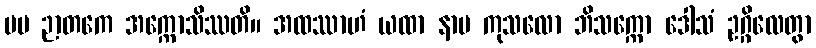
မမ ဉာတကေ အက္ကောသိဿတိ။ အထဿာဟံ ယထာ နာမ ကုသလော ဘိသက္ကော ဒေါသံ ဥဂ္ဂိလေတွာ